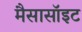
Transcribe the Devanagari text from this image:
मैसासॉइट